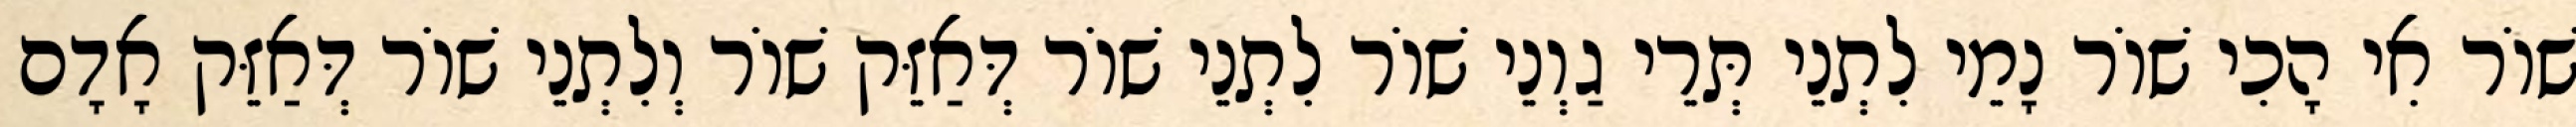
שׁוֹר אִי הָכִי שׁוֹר נָמֵי לִתְנֵי תְּרֵי גַוְנֵי שׁוֹר לִתְנֵי שׁוֹר דְּאַזֵּק שׁוֹר וְלִתְנֵי שׁוֹר דְּאַזֵּק אָדָם